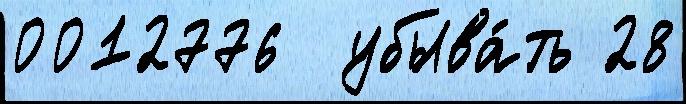
0012776  убыва́ть 28